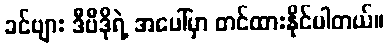
ခင်ဗျား ဒီဗီဒိုရဲ့ အပေါ်မှာ တင်ထားနိုင်ပါတယ်။